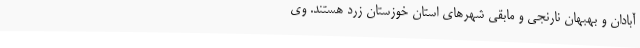
آبادان و بهبهان نارنجی و مابقی شهرهای استان خوزستان زرد هستند. وی